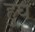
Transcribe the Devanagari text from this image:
हुघ